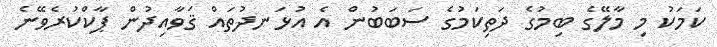
ކަމަކު މި މާލޭގެ ބިމުގެ ދަތިކަމުގެ ސަބަބުން އެ އުޅަނދުތައް ޤަވާއިދުން ޕާކްކުރެވޭނެ